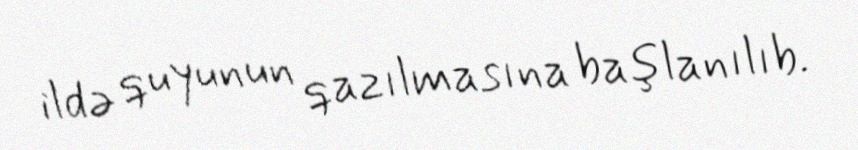
ildə quyunun qazılmasına başlanılıb.